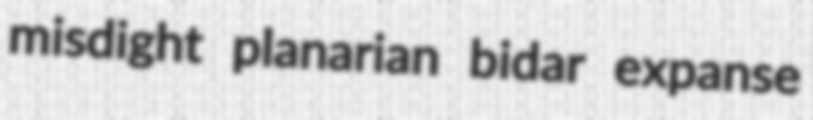
misdight planarian bidar expanse